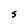
Character: S